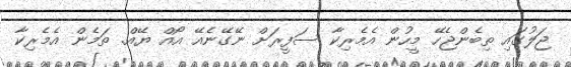
ޖަލުގައި ތިބެންޖެހޭ މީހުން އެމެރިކާ ސަފީރަށް ނޭގޭނެއޭ އޯއް ޔޭއް. ތަމެން އެމެރިކާ